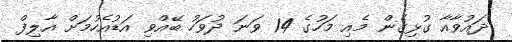
ދައުވާއާ ގުޅިގެން މެއި މަހުގެ 14 ވަނަ ދުވަހު ބޭއްވި އަޑުއެހުމަށް އާލިފް